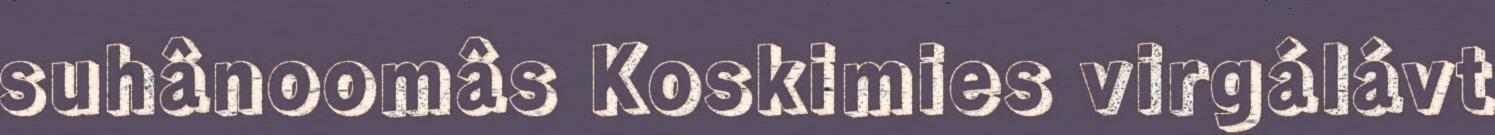
suhânoomâs Koskimies virgálávt